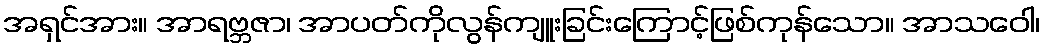
အရှင်အား။ အာရဗ္ဘဇာ၊ အာပတ်ကိုလွန်ကျူးခြင်းကြောင့်ဖြစ်ကုန်သော။ အာသဝေါ၊